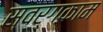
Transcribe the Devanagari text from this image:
स्वर्गकाम